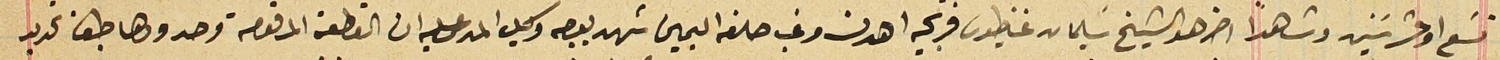
تسَع او عشر سَنين وشاهداً اخر هو الشيخ سَليمان غناطيوس فرنجيه اهدن وغب حلفه اليمين شهد بوجه وكيل المدعى عليه ان القطعة المرقومة وحدودها طبق تحديد